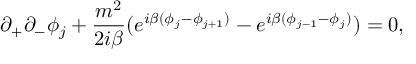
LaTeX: \partial _ { + } \partial _ { - } \phi _ { j } + \frac { m \sp { 2 } } { 2 i \beta } ( e \sp { i \beta ( \phi _ { j } - \phi _ { j + 1 } ) } - e \sp { i \beta ( \phi _ { j - 1 } - \phi _ { j } ) } ) = 0 ,